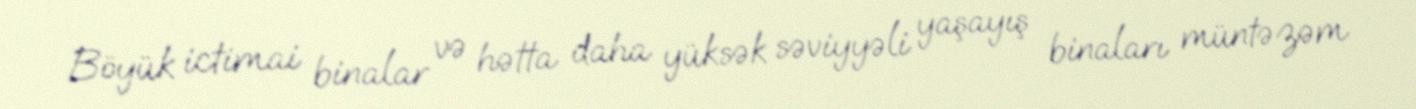
Böyük ictimai binalar və hətta daha yüksək səviyyəli yaşayış binaları müntəzəm